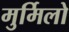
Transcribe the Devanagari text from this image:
मुर्मिलो